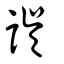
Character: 誤